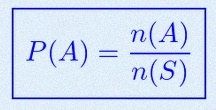
P(A)=\frac{n(A)}{n(S)}